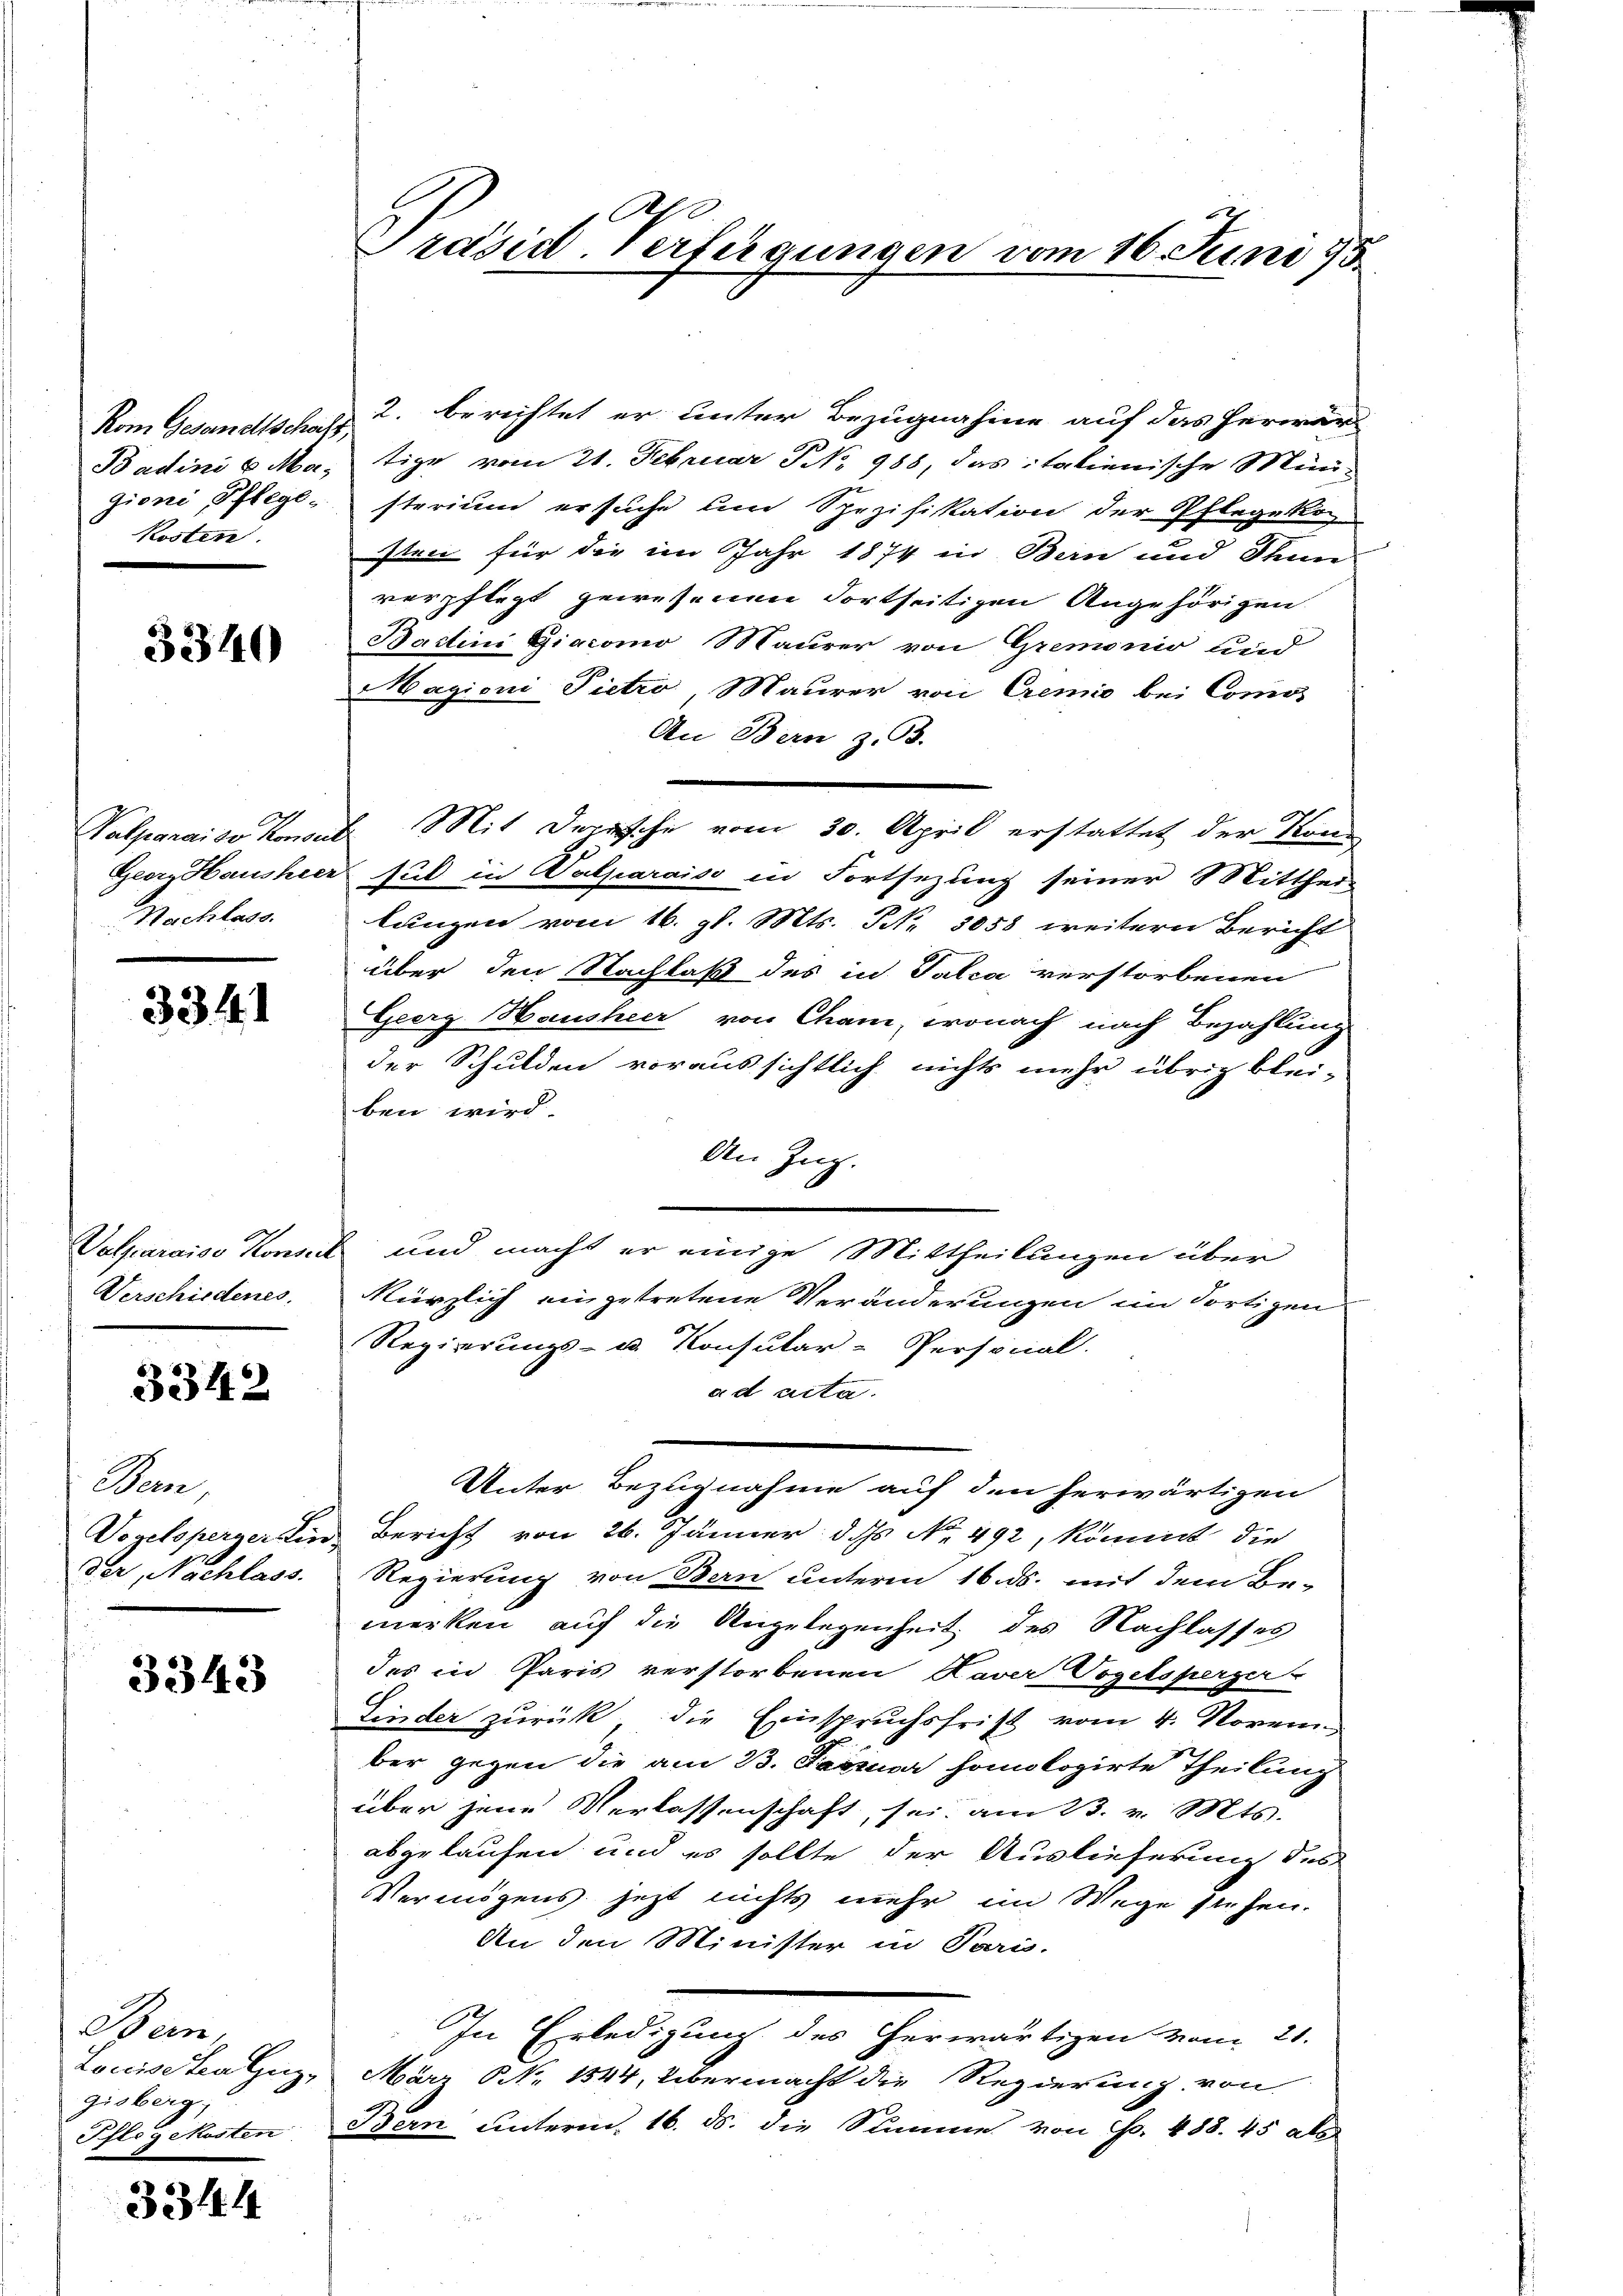
Kosten.

3340

Nachlass.

3341

Verschiedenes.

3342

Bern,

3343

Bern,
gisberg;
Pflegekosten

3344

Präsid. Verfügungen vom 16. Juni 18

Kom Gesandtschaft 2. berichtet er unter Bezugnahme auf das herwär
Badini 6 Ma, tige vom 21. Februar NNo. 988, das italienische Menzioni, Pflege, sterium ersuche und Spezifikation der Pflegeko
sten für die im Jahr 1874 in Bern und Senn
verpflegt gewesenen Fortseitigen Angehörigen.
Bactini Giacomo Maurer von Gremonio und
agioni Pietro, Maurer von Cremio bei Comos
An Bern z. 33.
Valparaiso konnte Mit Depesche vom 30. April erstattet der Kand
Georg Hausheer sul in Valparaiso in Fortsezung seiner Mittheil
lungen vom 16. gl. Mts. N. 3058 weitern Bericht
über den Nachlaß des in Falca verstorbenen
Georg Hausheer von Cham, wonach nach Bezahlung
der Schulden voraussichtlich nichts mehr übrig blei-
ben wird.
An Zug.
Valparaiso Kommel und macht er einige Mittheilungen über
kürzlich eingetretene Veränderungen im dortigen
Regierungs- u. Konsular-Personal.
ad acta.
Unter Bezugnahme auf den herwärtigen
Vogelsperger Ein Bericht von 26. Jänner d. ds No 492, kömmt die
der, Nachlass. Regierung von Bern unterm 16. ds. mit dem Be-
merken, auf die Angelegenheit des Nachlasses
des in Paris verstorbenen Haver Vogelsperger-
Linder zurück, die Einspruchsfrist vom 4. Novem
ber gegen die am 23. Februar homologirte Theilung
über jene Verlassenschaft, sei, am 23. v. Mts.
abgelaufen und es sollte der Auslieferung des
Vermögens jetzt nichts mehr im Wege stehen.
An den Minister in Paris.
In Erledigung des herwärtigen vom 21.
Louise trang, März NNNr. 1544, übermacht die Regierung von
Bern unterm 16. ds. die Stimme von Fr. 488. 45 als